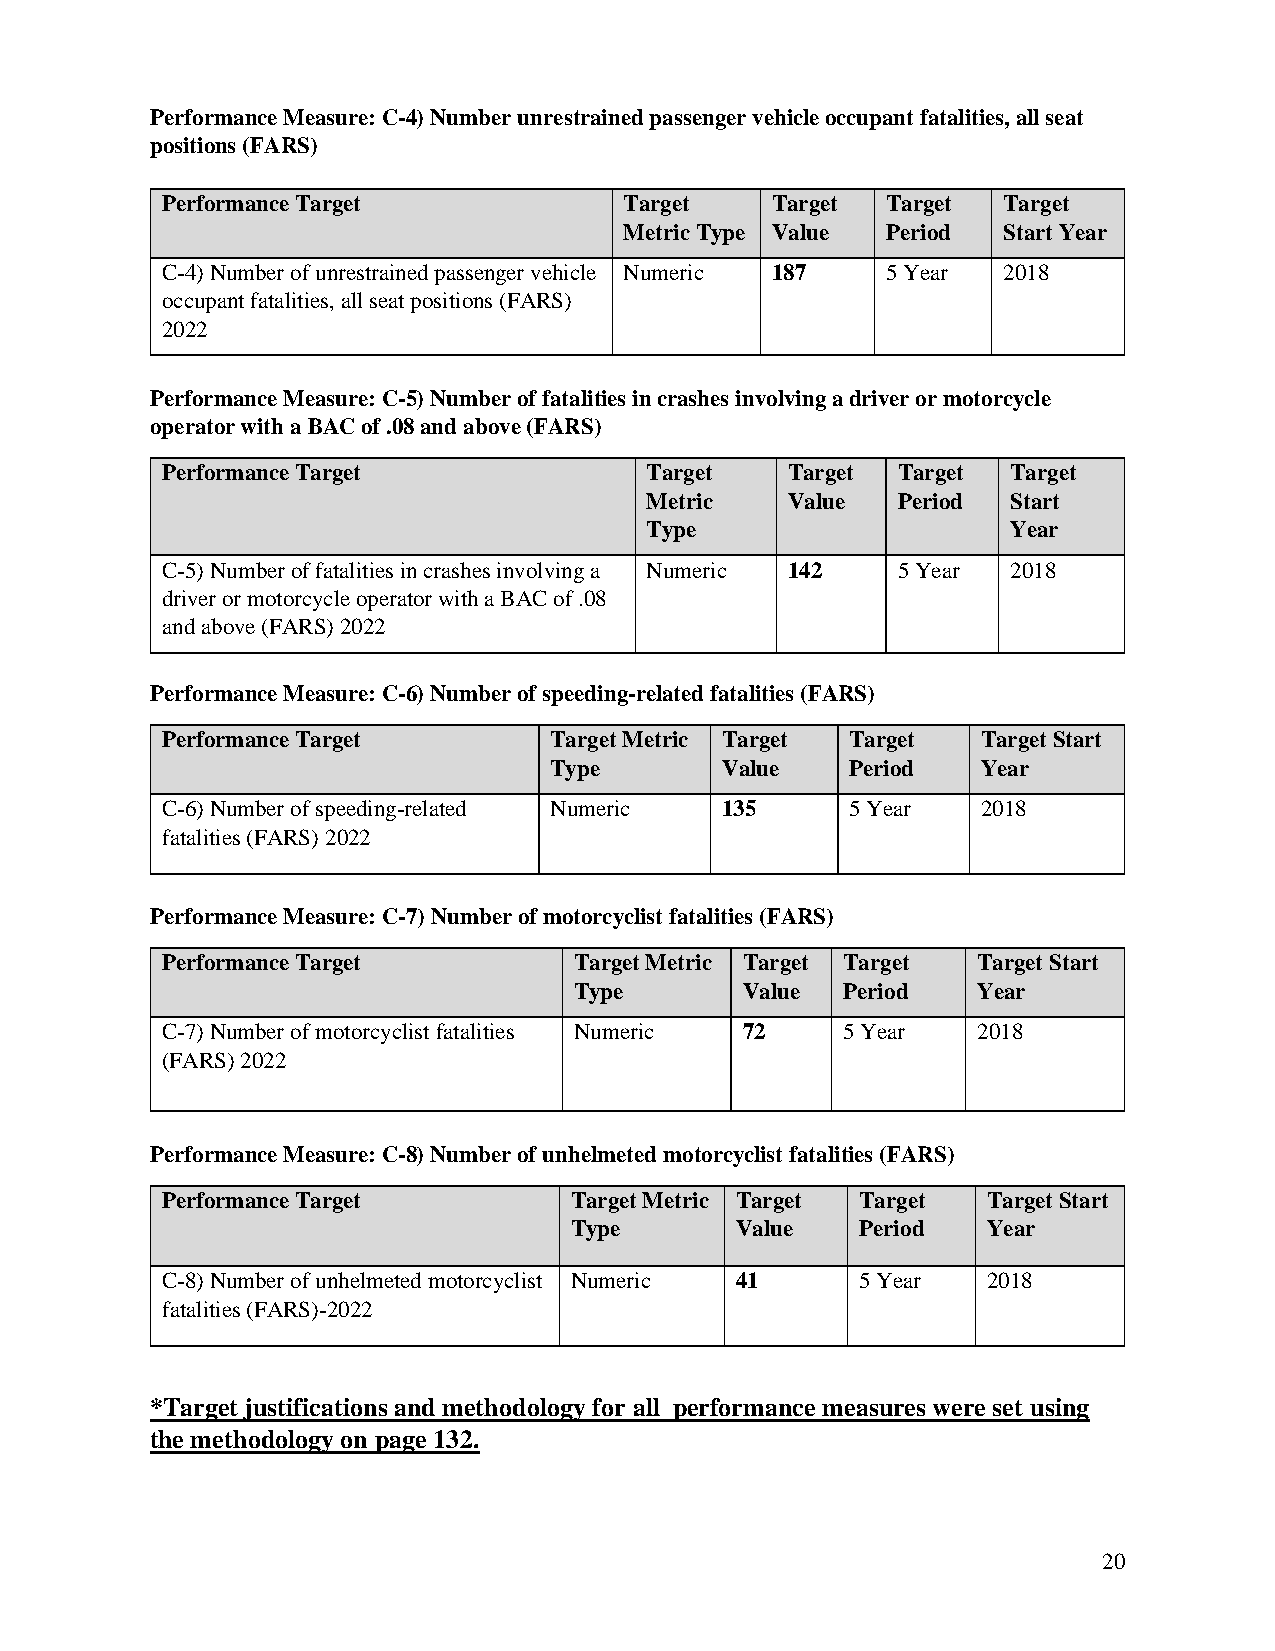
Performance Measure: C-4) Number unrestrained passenger vehicle occupant fatalities, all seat
 positions (FARS)
 Performance Target            Target    Target  Target Target
 Metric Type Value Period Start Year
 C-4) Number of unrestrained passenger vehicle Numeric 187 5 Year 2018
 occupant fatalities, all seat positions (FARS)
 2022
 Performance Measure: C-5) Number of fatalities in crashes involving a driver or motorcycle
 operator with a BAC of .08 and above (FARS)
 Performance Target              Target   Target Target  Target
 Metric   Value  Period  Start
 Type                    Year
 C-5) Number of fatalities in crashes involving a Numeric 142 5 Year 2018
 driver or motorcycle operator with a BAC of .08
 and above (FARS) 2022
 Performance Measure: C-6) Number of speeding-related fatalities (FARS)
 Performance Target       Target Metric Target Target  Target Start
 Type        Value   Period   Year
 C-6) Number of speeding-related Numeric 135  5 Year   2018
 fatalities (FARS) 2022
 Performance Measure: C-7) Number of motorcyclist fatalities (FARS)
 Performance Target         Target Metric Target Target Target Start
 Type       Value  Period   Year
 C-7) Number of motorcyclist fatalities Numeric 72 5 Year 2018
 (FARS) 2022
 Performance Measure: C-8) Number of unhelmeted motorcyclist fatalities (FARS)
 Performance Target         Target Metric Target Target Target Start
 Type       Value   Period  Year
 C-8) Number of unhelmeted motorcyclist Numeric 41 5 Year 2018
 fatalities (FARS)-2022
 *Target justifications and methodology for all performance measures were set using
 the methodology on page 132.
 20